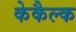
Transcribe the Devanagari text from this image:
केकैल्क